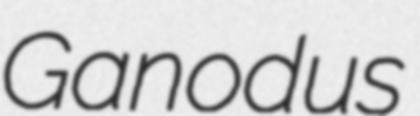
Ganodus